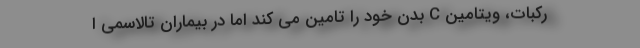
رکبات، ویتامین C بدن خود را تامین می کند اما در بیماران تالاسمی ا